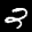
Label: 2